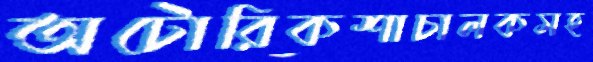
অটোরিকশাচালকসহ